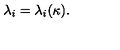
\lambda _ { i } = \lambda _ { i } ( \kappa ) .